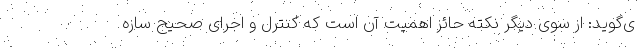
ی‌گوید: از سوی دیگر نکته حائز اهمیت آن است که کنترل و اجرای صحیح سازه